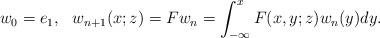
LaTeX: \begin{align*}&w_0=e_1, \ \ w_{n+1}(x;z)= Fw_n = \int_{- \infty}^x F(x,y;z)w_n(y)dy.\end{align*}